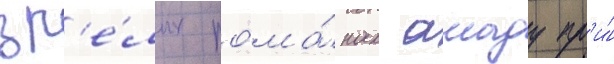
зр'е́лых рома́нах амаду пр'и́